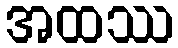
အထဿ